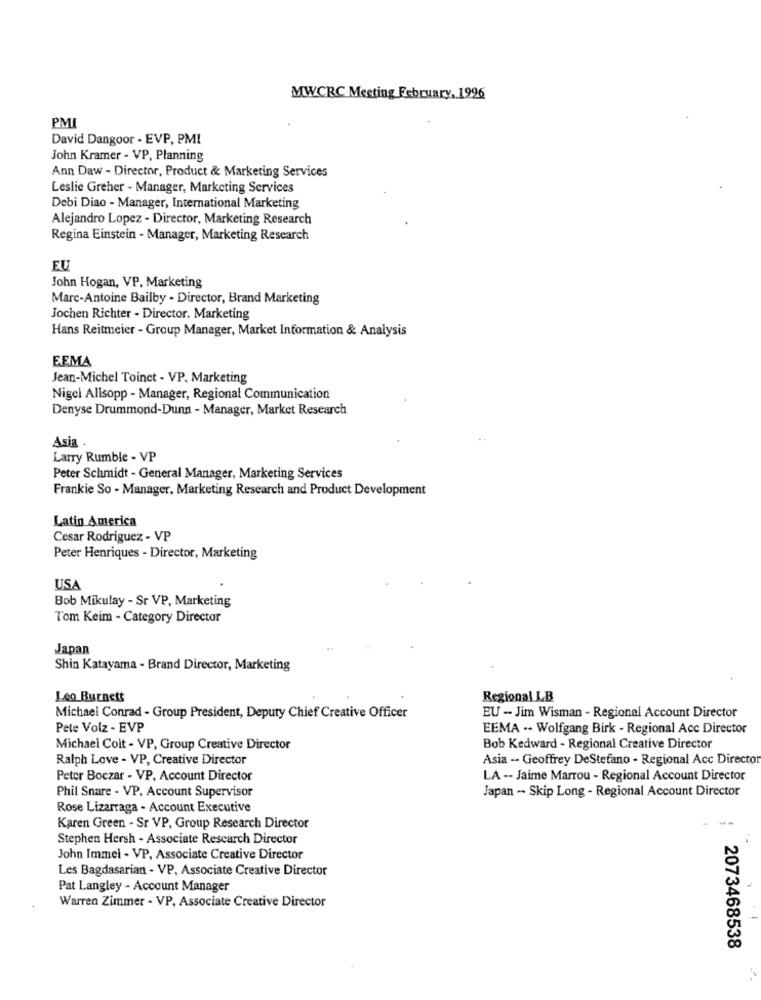
MWCRC Meeting February, 1996
PMI
David Dangoor - EVP, PMI
John Kramer - VP, Planning
Ann Daw - Director, Product & Marketing Services
Leslie Greher - Manager, Marketing Services
Debi Diao - Manager, International Marketing
Alejandro Lopez - Director, Marketing Research
Regina Einstein - Manager, Marketing Research
EU
John Hogan, VP, Marketing
Marc-Antoine Bailby - Director, Brand Marketing
Jochen Richter - Director, Marketing
Hans Reitmeier - Group Manager, Market Information & Analysis
EEMA
Jean-Michel Toinet - VP. Marketing
Nigel Allsopp - Manager, Regional Communication
Denyse Drummond-Dunn - Manager, Market Research
Asia
Larry Rumble - VP
Peter Schmidt - General Manager, Marketing Services
Frankie So - Manager, Marketing Research and Product Development
Latin America
Cesar Rodriguez - VP
Peter Henriques - Director, Marketing
USA
Bob Mikulay - Sr VP, Marketing
Tom Keim - Category Director
Japan
Shin Katayama - Brand Director, Marketing
Leo Burnett
Regional LB
Michael Conrad - Group President, Deputy Chief Creative Officer
EU -- Jim Wisman - Regional Account Director
Pete Volz - EVP
EEMA -- Wolfgang Birk - Regional Acc Director
Michael Colt - VP, Group Creative Director
Bob Kedward - Regional Creative Director
Ralph Love - VP, Creative Director
Asia -- Geoffrey DeStefano - Regional Acc Directo
Peter Boczar - VP, Account Director
LA -- Jaime Marrou - Regional Account Director
Phil Snare - VP. Account Supervisor
Japan - Skip Long - Regional Account Director
Rose Lizarraga - Account Executive
Karen Green - Sr VP, Group Research Director
Stephen Hersh - Associate Research Director
John Immel - VP, Associate Creative Director
Les Bagdasarian - VP, Associate Creative Director
Pat Langley - Account Manager
Warren Zimmer - VP, Associate Creative Director
2073468538